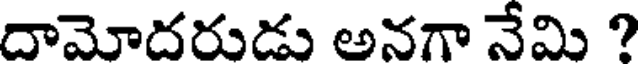
దామోదరుడు అనగా నేమి ?